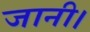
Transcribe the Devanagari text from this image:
जानी।